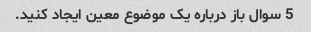
5 سوال باز درباره یک موضوع معین ایجاد کنید.